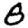
Digit: 8